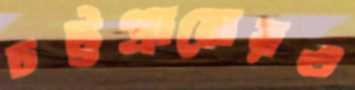
চট্টগ্রামেরও